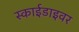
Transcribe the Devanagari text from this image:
स्काईडाइवर